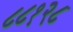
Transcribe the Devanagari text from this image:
८८१२८